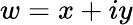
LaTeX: w=x+iy